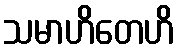
သမာဟိတေဟိ